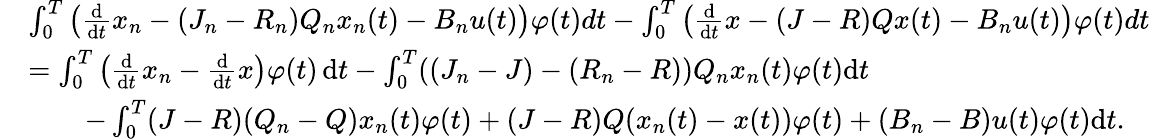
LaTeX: \begin{array}{rl}&{\int_{0}^{T}\left(\frac{\mathrm{d}}{\mathrm{d}t}x_{n}-(J_{n}-R_{n})Q_{n}x_{n}(t)-B_{n}u(t)\right)\varphi(t)dt-\int_{0}^{T}\left(\frac{\mathrm{d}}{\mathrm{d}t}x-(J-R)Qx(t)-B_{n}u(t)\right)\varphi(t)dt}\\ &{=\int_{0}^{T}\left(\frac{\mathrm{d}}{\mathrm{d}t}x_{n}-\frac{\mathrm{d}}{\mathrm{d}t}x\right)\varphi(t)\, \mathrm{d}t-\int_{0}^{T}((J_{n}-J)-(R_{n}-R))Q_{n}x_{n}(t)\varphi(t)\mathrm{d}t}\\ &{\qquad-\int_{0}^{T}(J-R)(Q_{n}-Q)x_{n}(t)\varphi(t)+(J-R)Q(x_{n}(t)-x(t))\varphi(t)+(B_{n}-B)u(t)\varphi(t)\mathrm{d}t.}\end{array}